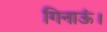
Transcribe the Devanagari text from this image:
गिनाऊं।